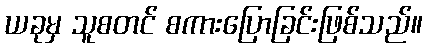
ယခုမှ သူစတင် စကားပြောခြင်းဖြစ်သည်။